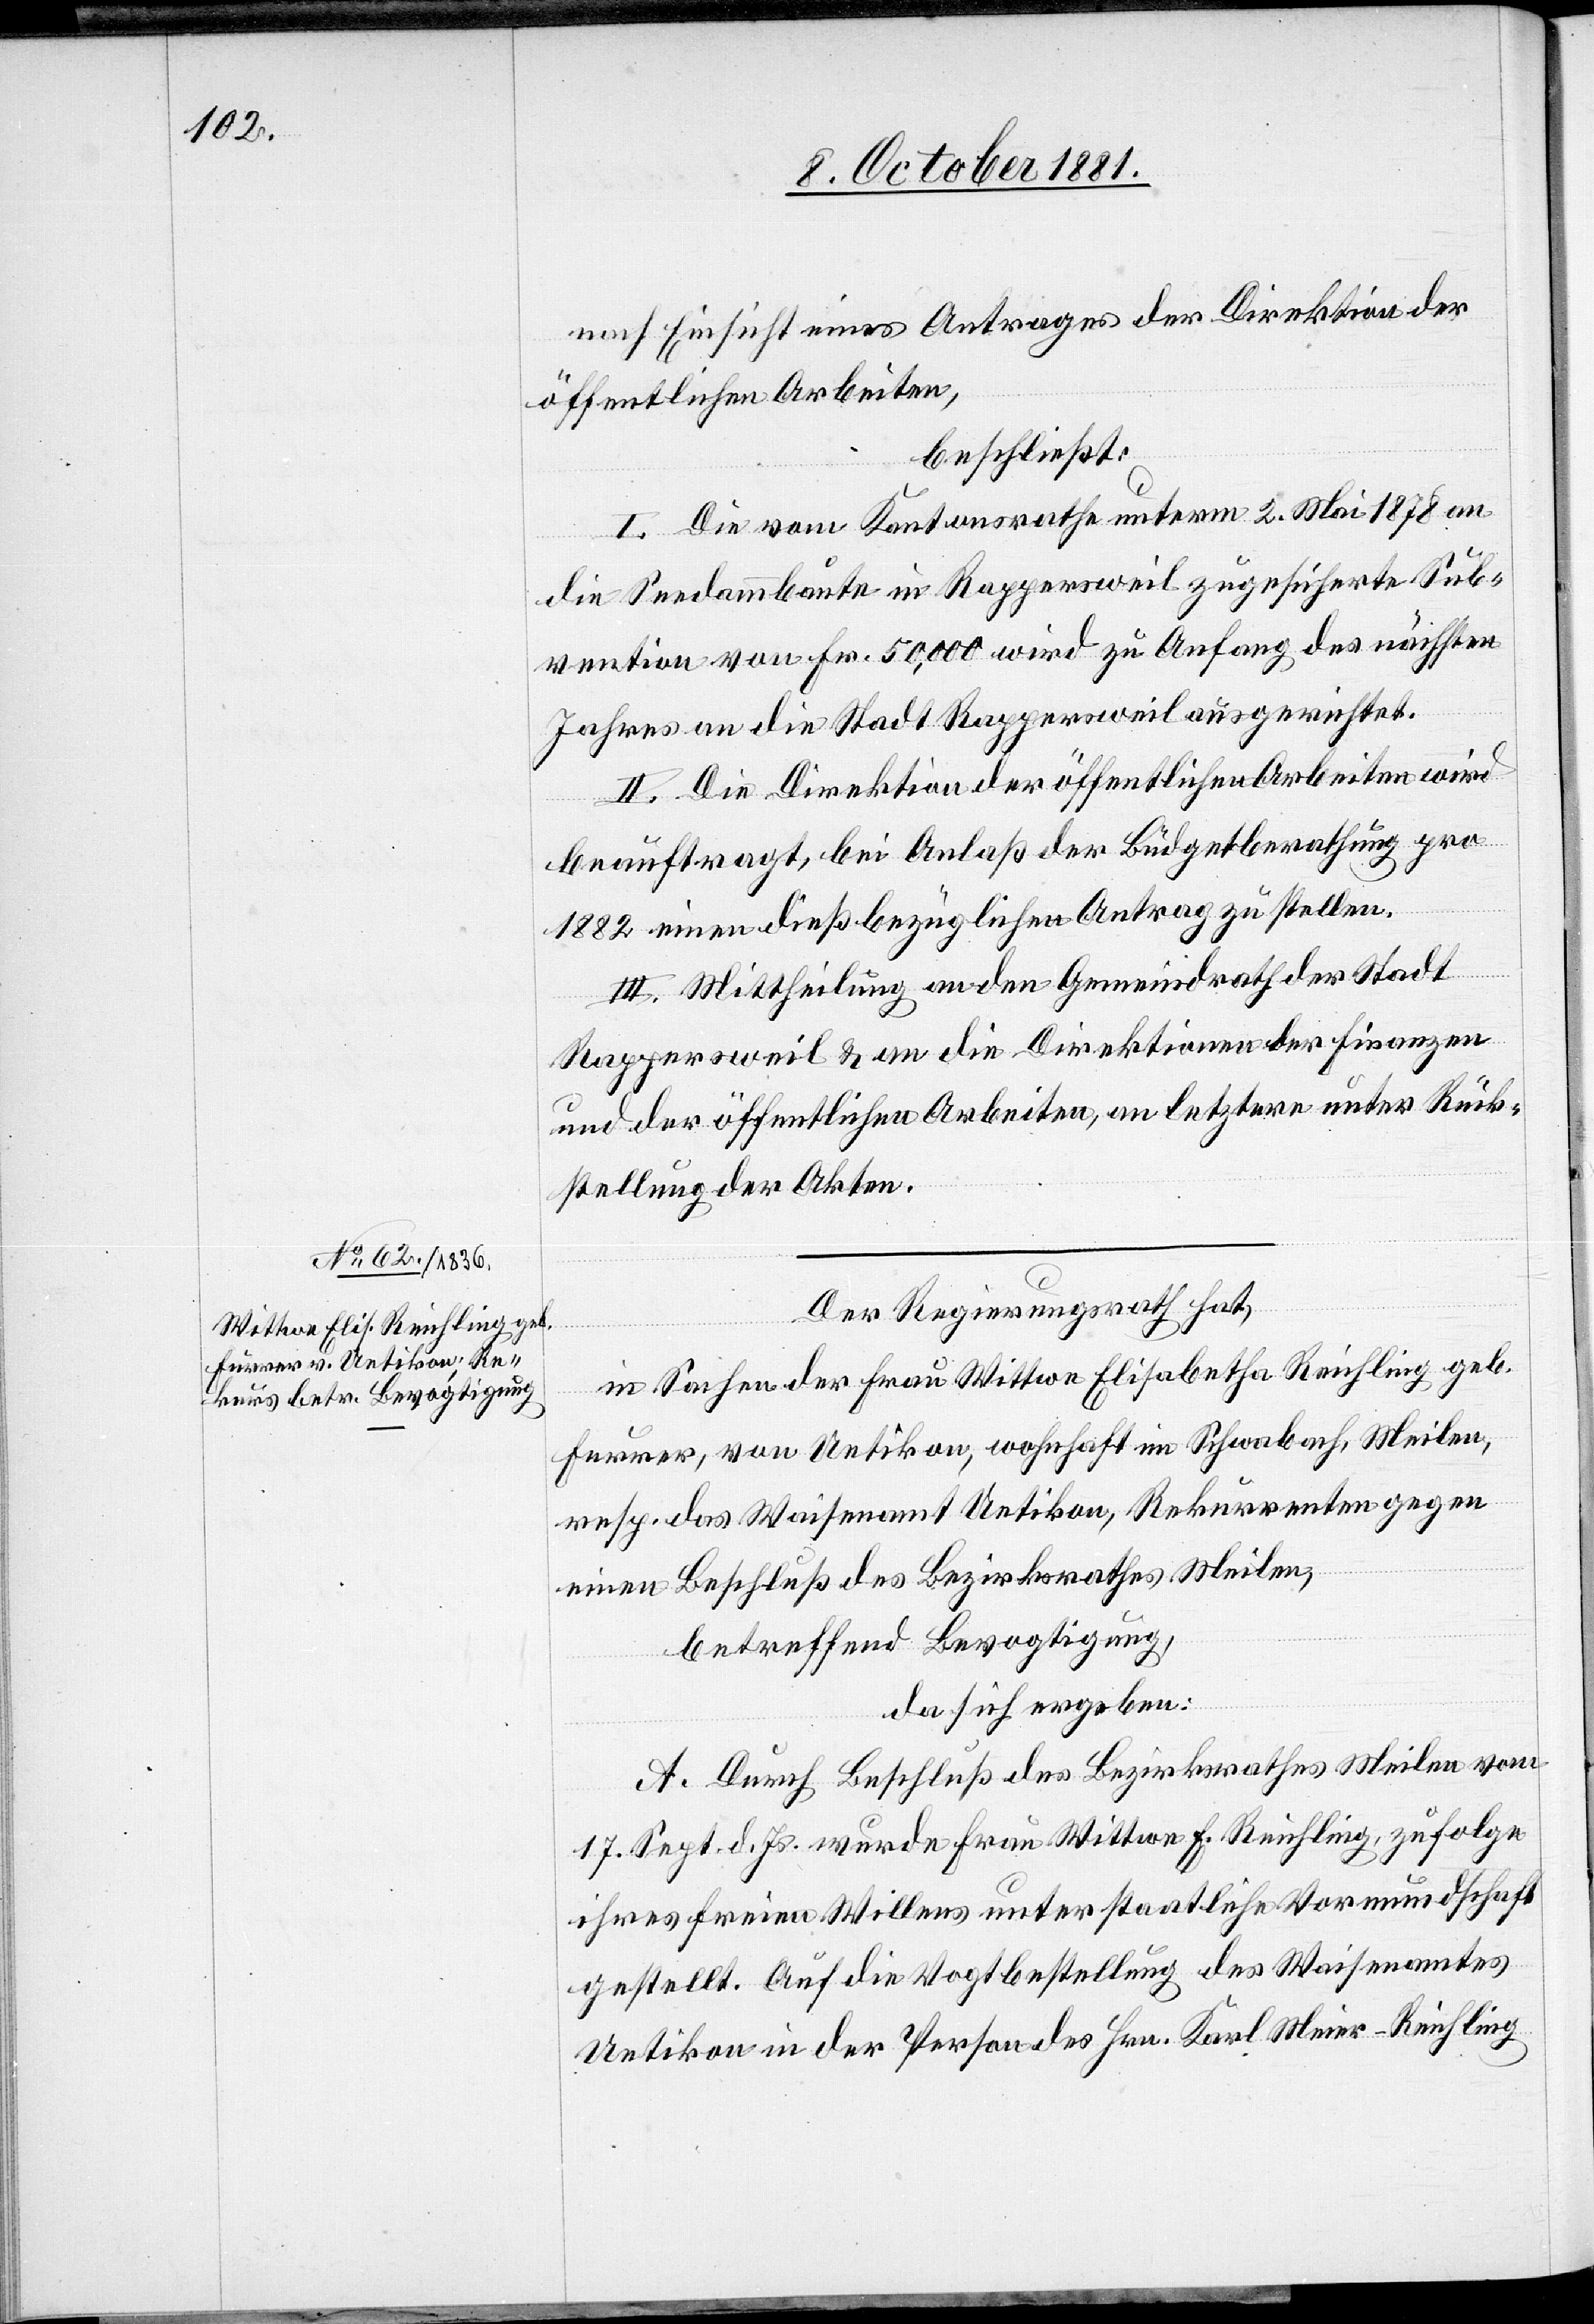
nach Einsicht eines Antrages der Direktion der
öffentlichen Arbeiten,
beschließt:
I. Die vom Kantonsrathe unterm 2. Mai 1878 an
die Seedammbaute in Rappersweil zugesicherte Sub¬
vention von Fr. 50,000 wird zu Anfang des nächsten
Jahres an die Stadt Rappersweil ausgerichtet.
II. Die Direktion der öffentlichen Arbeiten wird
beauftragt, bei Anlaß der Büdgetberathung pro
1882 einen dießbezüglichen Antrag zu stellen.
III. Mittheilung an den Gemeindrath der Stadt
Rappersweil & an die Direktionen der Finanzen
und der öffentlichen Arbeiten, an letztere unter Rück¬
stellung der Akten.
Der Regierungsrath hat,
in Sachen der Frau Wittwe Elisabetha Reichling geb.
Furrer, von Uetikon, wohnhaft im Schwabach, Meilen,
resp. das Waisenamt Uetikon, Rekurrenten gegen
einen Beschluß des Bezirksrathes Meilen,
betreffend Bevogtigung,
da sich ergeben:
A. Durch Beschluß des Bezirksrathes Meilen vom
17. Sept. d. Js. wurde Frau Wittwe E. Reichling, zufolge
ihres freien Willens unter staatliche Vormundschaft
gestellt. Auf die Vogtbestellung des Waisenamtes
Uetikon in der Person des Hrn. Karl Meier-Reichling